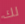
لك